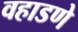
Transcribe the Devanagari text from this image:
वहाडणे